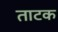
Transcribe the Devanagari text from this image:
ताटक